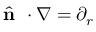
\hat { \textbf { n } } \cdot \nabla = \partial _ { r }